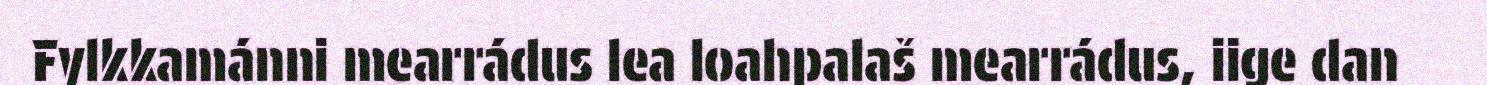
Fylkkamánni mearrádus lea loahpalaš mearrádus, iige dan